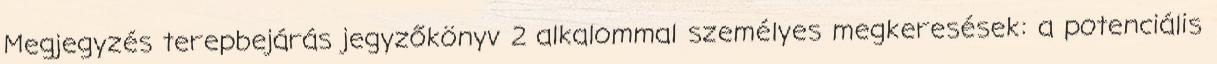
Megjegyzés terepbejárás jegyzőkönyv 2 alkalommal személyes megkeresések: a potenciális